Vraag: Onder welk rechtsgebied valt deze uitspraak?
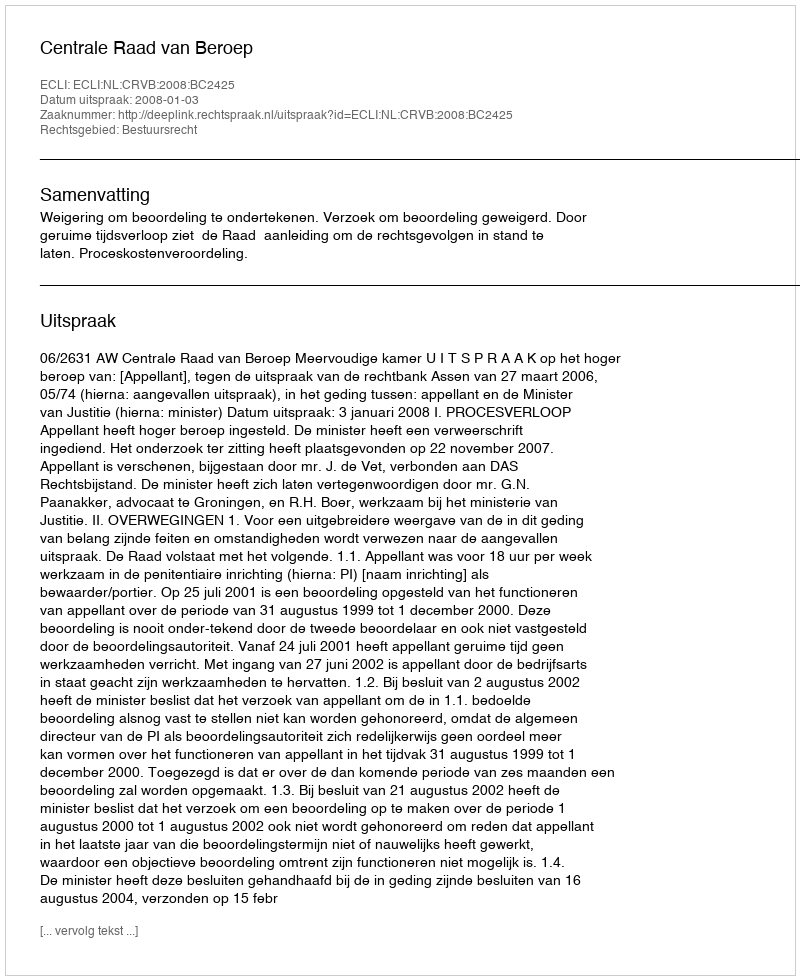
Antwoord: Bestuursrecht